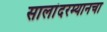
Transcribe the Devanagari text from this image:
सालांदरम्यानचा